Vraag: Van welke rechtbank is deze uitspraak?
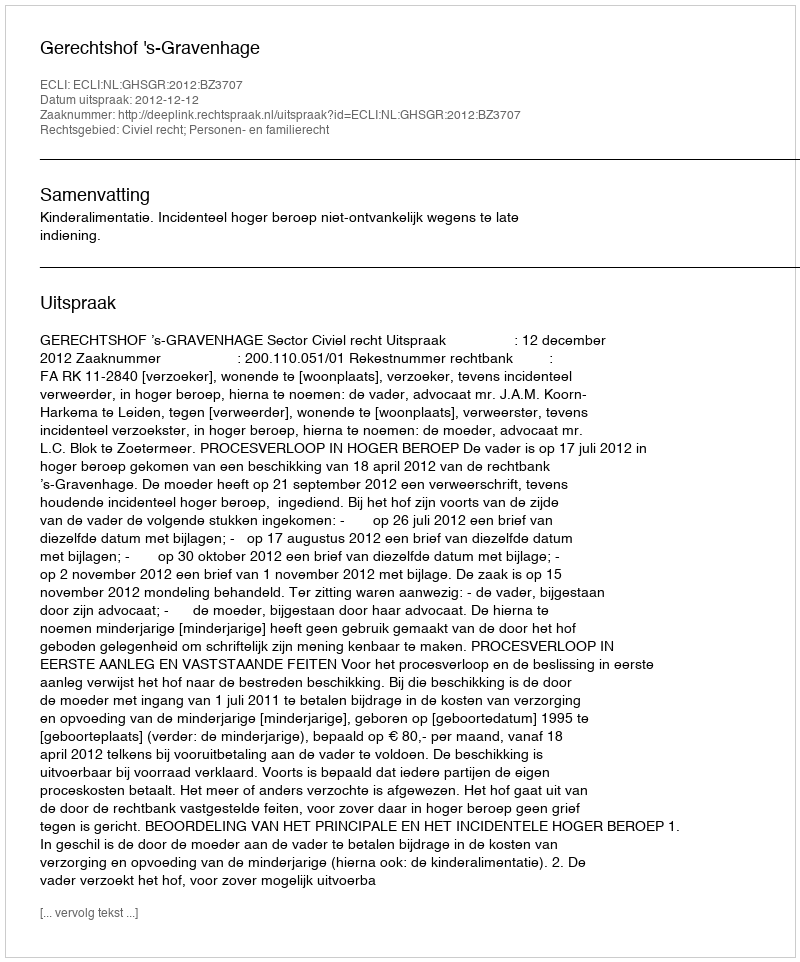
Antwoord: Gerechtshof 's-Gravenhage